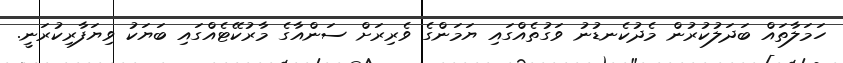
ހަމަލާތައް ބަދަލުކުރުން މެދުކެނޑުނު ވަގުތެއްގައި ޔަމަންގެ ވެރިރަށް ސަންއާގެ މާރުކޭޓެއްގައި ބަޔަކު ވިޔަފާރިކުރަނީ.